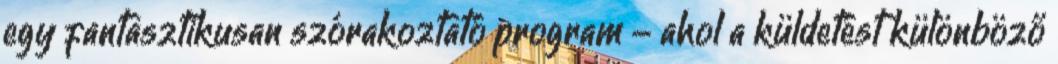
egy fantasztikusan szórakoztató program - ahol a küldetést különböző